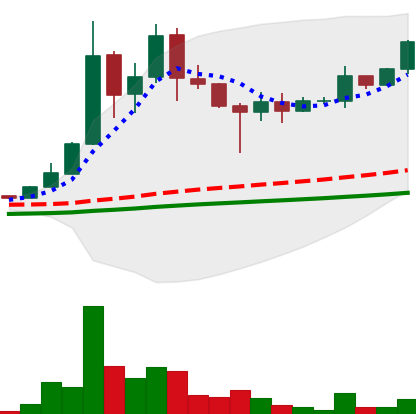
Ticker: DOGE-USD
Chart end date: 2021-05-01
Forward return: 47.792%
Label: up_7plus